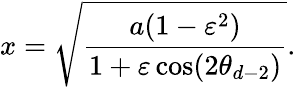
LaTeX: x=\sqrt{\frac{a(1-\varepsilon^{2})}{1+\varepsilon\cos(2\theta_{d-2})}}.